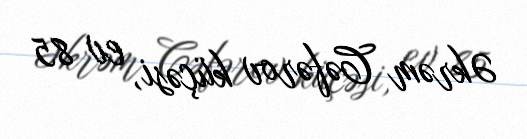
Əkrəm Cəfərov küçəsi, ev 85